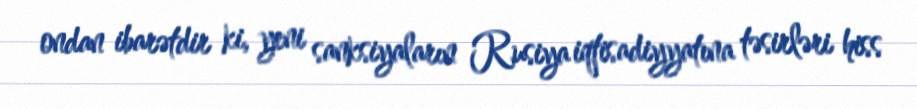
ondan ibarətdir ki, yeni sanksiyaların Rusiya iqtisadiyyatına təsirləri hiss